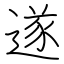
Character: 遂